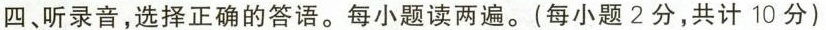
四、听录音,选择正确的答语.每小题读两遍.(每小题 2分,共计 10 分)